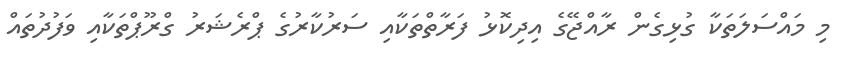
މި މައްސަލަތަކާ ގުޅިގެން ރާއްޖޭގެ އިދިކޮޅު ފަރާތްތަކާއި ސަރުކާރުގެ ޕްރެޝަރު ގްރޫޕްތަކާއި ވަފުދުތައް